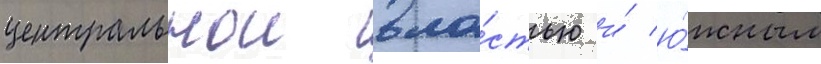
центральнои вла́стью и́ ю́жным